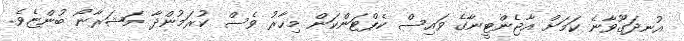
އުނދަގޫވާނެ ކަމަށް އާޖެންޓީނާގެ ވައިސް ކެޕްޓަންކަން މިހާރު ވެސް ކުރަމުންދާ މަޝަރާނޯ ބުންޏެވެ.